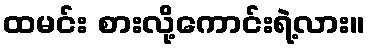
ထမင်း စားလို့ကောင်းရဲ့လား။